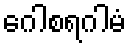
ဂေါစရဂါမံ